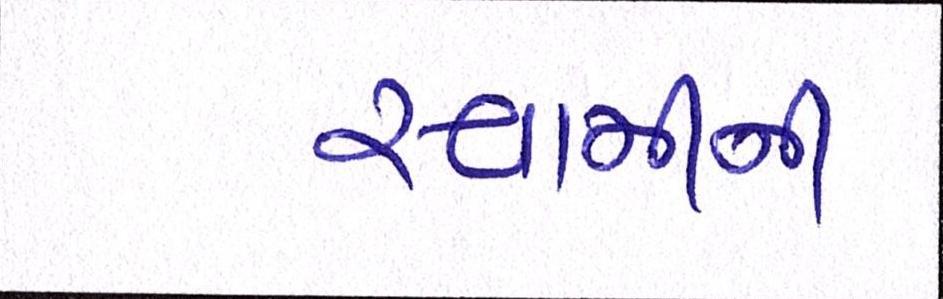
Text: સ્વામીની